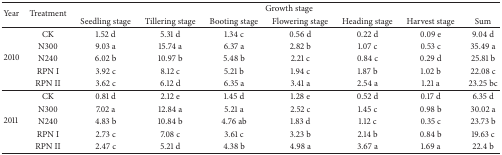
| <ROWSPAN=2> Year | <ROWSPAN=2> Treatment | <COLSPAN=7> Growth stage |
 | Seedling stage | Tillering stage | Booting stage | Flowering stage | Heading stage | Harvest stage | Sum |
 | --- | --- | --- | --- | --- | --- | --- | --- | --- |
 | <ROWSPAN=5> 2010 | CK | 1.52 d | 5.31 d | 1.34 c | 0.56 d | 0.22 d | 0.09 e | 9.04 d |
 | N300 | 9.03 a | 15.74 a | 6.37 a | 2.82 b | 1.07 c | 0.53 c | 35.49 a |
 | N240 | 6.02 b | 10.97 b | 5.48 b | 2.21 c | 0.84 c | 0.29 d | 25.81 b |
 | RPN I | 3.92 c | 8.12 c | 5.21 b | 1.94 c | 1.87 b | 1.02 b | 22.08 c |
 | RPN II | 3.62 c | 6.12 d | 6.35 a | 3.41 a | 2.54 a | 1.21 a | 23.25 bc |
 | <ROWSPAN=5> 2011 | CK | 0.81 d | 2.12 e | 1.45 d | 1.28 e | 0.52 d | 0.17 d | 6.35 d |
 | N300 | 7.02 a | 12.84 a | 5.21 a | 2.52 c | 1.45 c | 0.98 b | 30.02 a |
 | N240 | 4.83 b | 10.84 b | 4.76 ab | 1.83 d | 1.12 c | 0.35 c | 23.73 b |
 | RPN I | 2.73 c | 7.08 c | 3.61 c | 3.23 b | 2.14 b | 0.84 b | 19.63 c |
 | RPN II | 2.47 c | 5.21 d | 4.38 b | 4.98 a | 3.67 a | 1.69 a | 22.4 b |